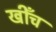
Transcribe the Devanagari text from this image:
खीँच